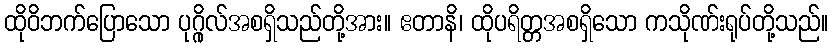
ထိုဝိဘက်ပြောသော ပုဂ္ဂိုလ်အစရှိသည်တို့အား။ ဧတာနိ၊ ထိုပရိတ္တအစရှိသော ကသိုဏ်းရုပ်တို့သည်။